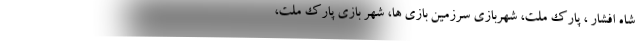
شاه افشار ، پارک ملت، شهربازی سرزمین بازی ها، شهر بازی پارک ملت،